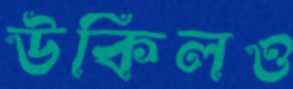
উকিলও